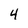
Character: 4